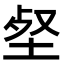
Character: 𡋹